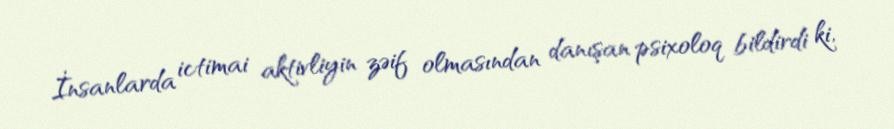
İnsanlarda ictimai aktivliyin zəif olmasından danışan psixoloq bildirdi ki,